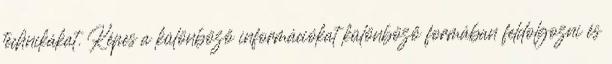
technikákat. Képes a különböző információkat különböző formában feldolgozni és